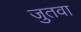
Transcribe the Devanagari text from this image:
जुतवा